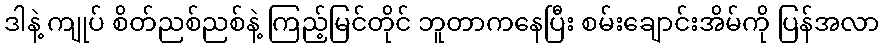
ဒါနဲ့ ကျုပ် စိတ်ညစ်ညစ်နဲ့ ကြည့်မြင်တိုင် ဘူတာကနေပြီး စမ်းချောင်းအိမ်ကို ပြန်အလာ